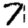
Digit: 7